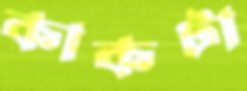
কাকটা